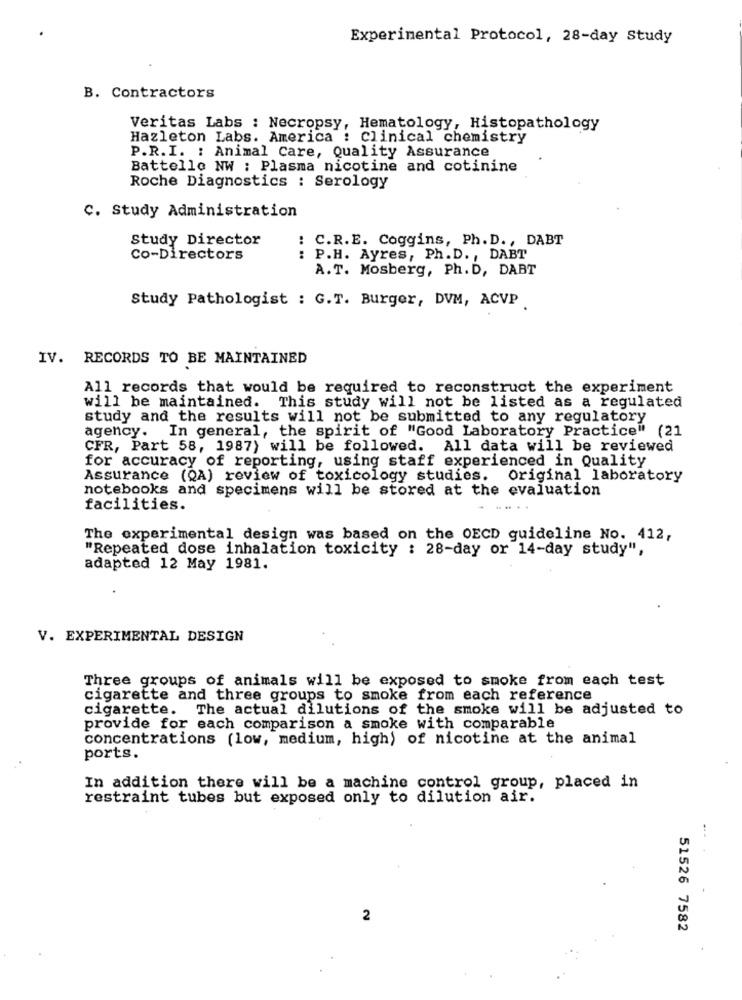
Experimental Protocol, 28-day Study
B. Contractors
Veritas Labs : Necropsy, Hematology, Histopathology
Hazleton Labs. America : clinical chemistry
P.R.I. : Animal Care, Quality Assurance
Battello NW : Plasma nicotine and cotinine
Roche Diagnostics : Serology
C. Study Administration
Study Director
: C.R.E. Coggins, Ph. D ., DABT
Co-Directors
: P.H. Ayres, Ph. D. , DABT
A.T. Mosberg, Ph. D, DABT
Study Pathologist : G.T. Burger, DVM, ACVP
IV. RECORDS TO BE MAINTAINED
All records that would be required to reconstruct the experiment
will be maintained. This study will not be listed as a regulated
study and the results will not be submitted to any regulatory
agency. In general, the spirit of "Good Laboratory Practice" (21
CFR, Part 58, 1987) will be followed. All data will be reviewed
for accuracy of reporting, using staff experienced in Quality
Assurance (QA) review of toxicology studies. Original laboratory
notebooks and specimens will be stored at the evaluation
facilities.
The experimental design was based on the OECD guideline No. 412,
"Repeated dose inhalation toxicity : 28-day or 14-day study",
adapted 12 May 1981.
V. EXPERIMENTAL DESIGN
Three groups of animals will be exposed to smoke from each test
cigarette and three groups to smoke from each reference
cigarette. The actual dilutions of the smoke will be adjusted to
provide for each comparison a smoke with comparable
concentrations (low, medium, high) of nicotine at the animal
ports.
In addition there will be a machine control group, placed in
restraint tubes but exposed only to dilution air.
2
51526 7582